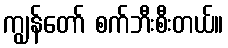
ကျွန်တော် စက်ဘီးစီးတယ်။